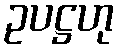
ဥပဋ္ဌဟု